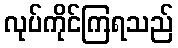
လုပ်ကိုင်ကြရသည်